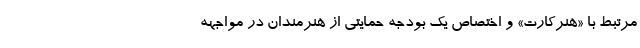
مرتبط با «هنرکارت» و اختصاص یک بودجه حمایتی از هنرمندان در مواجهه